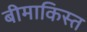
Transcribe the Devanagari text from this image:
बीमाकिस्त